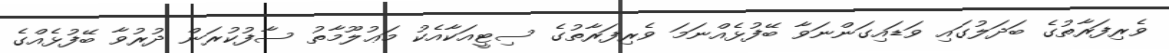
ވެރިފަރާތުގެ ބަދަލުގައި ވަޑައިގަންނަވާ ބޭފުޅެއްނަމަ ވެރިފަރާތުގެ ސިޓީއަކާއެކު މަޢުލޫމާތު ސާފުކުރަން ދުރުވާ ބޭފުޅެއްގެ